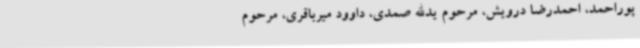
پوراحمد، ‌احمدرضا درویش‌، مرحوم یدالله صمدی، داوود میرباقری، مرحوم